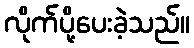
လိုက်ပို့ပေးခဲ့သည်။